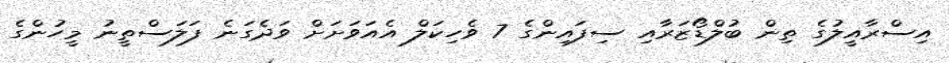
އިސްރާއީލުގެ ތިން ބުލްޑޯޒަރާއި ސިފައިންގެ 7 ވެހިކަލް އެއަވަށަށް ވަދެގަނެ ފަލަސްތީނު މީހުންގެ